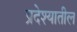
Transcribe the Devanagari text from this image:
प्रदेश्यातील